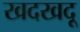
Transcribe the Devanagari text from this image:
खदखदू